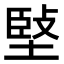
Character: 𡏃